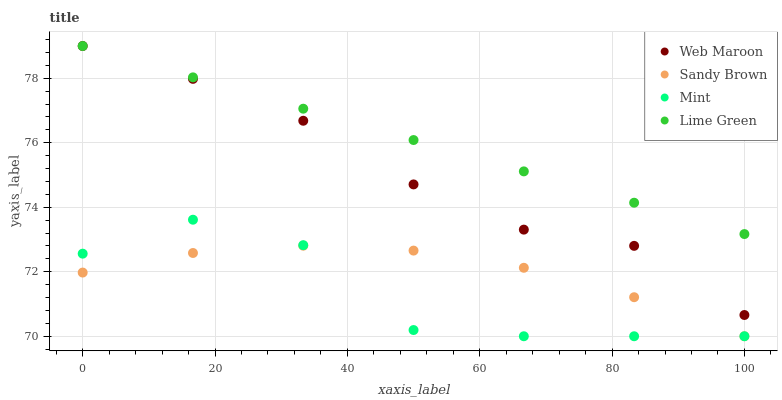
| xaxis_label | Web Maroon | Sandy Brown | Mint | Lime Green |
 | --- | --- | --- | --- | --- |
 | 0 | 79 | 72 | 72.6 | 79 |
 | 16.7 | 78 | 72.6 | 73.6 | 78 |
 | 33.3 | 76.7 | 72.8 | 72.8 | 77.1 |
 | 50 | 74.7 | 72.7 | 70.2 | 76.1 |
 | 66.7 | 73.3 | 72.1 | 70 | 75.1 |
 | 83.3 | 72.8 | 71.2 | 70 | 74.1 |
 | 100 | 70.7 | 70 | 70 | 73.2 |